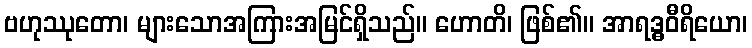
ဗဟုဿုတော၊ များသောအကြားအမြင်ရှိသည်။ ဟောတိ၊ ဖြစ်၏။ အာရဒ္ဓဝီရိယော၊